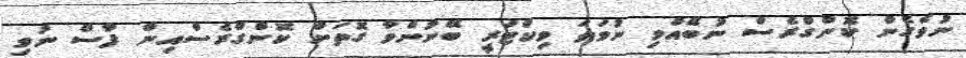
ނުވެގެން ކޮންގްރެސް ނުބޭއްވި ނުވަތަ ވިކްޓަރީ ބޭނުންވާ ގޮތަށް ކޮންގްރެސްއިން ފާސް ނުވި